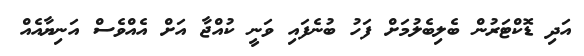
އަދި ޑޮކްޓަރުން ބެލިބެލުމަށް ފަހު ބުނެފައި ވަނީ ކުއްޖާ އަށް އެއްވެސް އަނިޔާއެއް